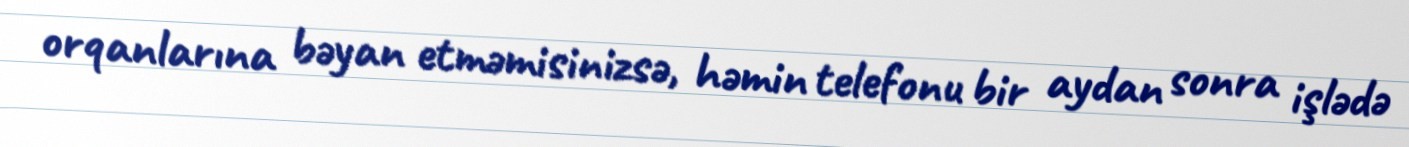
orqanlarına bəyan etməmisinizsə, həmin telefonu bir aydan sonra işlədə